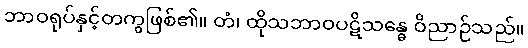
ဘာဝရုပ်နှင့်တကွဖြစ်၏။ တံ၊ ထိုသဘာဝပဋိသန္ဓေ ဝိညာဉ်သည်။